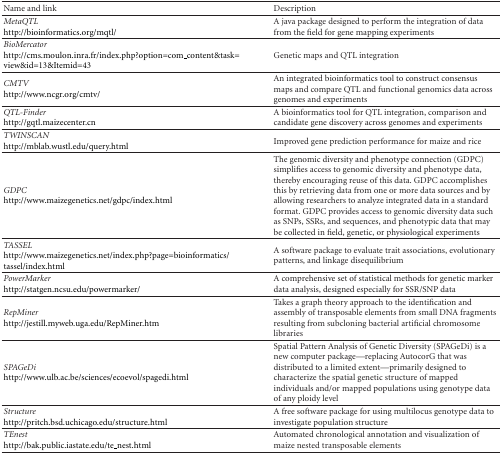
<table><thead><tr><td><b>Name and link</b></td><td><b>Description </b></td></tr></thead><tbody><tr><td><i>MetaQTL </i>http://bioinformatics.org/mqtl/</td><td>A java package designed to perform the integration of data from the field for gene mapping experiments</td></tr><tr><td><i>BioMercator </i>http://cms.moulon.inra.fr/index.php?option=com_content&amp;task=view&amp;id=13&amp;Itemid=43</td><td>Genetic maps and QTL integration</td></tr><tr><td><i>CMTV </i>http://www.ncgr.org/cmtv/</td><td>An integrated bioinformatics tool to construct consensus maps and compare QTL and functional genomics data across genomes and experiments</td></tr><tr><td><i>QTL-Finder </i>http://gqtl.maizecenter.cn</td><td>A bioinformatics tool for QTL integration, comparison and candidate gene discovery across genomes and experiments</td></tr><tr><td><i>TWINSCAN </i>http://mblab.wustl.edu/query.html</td><td>Improved gene prediction performance for maize and rice</td></tr><tr><td><i>GDPC </i>http://www.maizegenetics.net/gdpc/index.html</td><td>The genomic diversity and phenotype connection (GDPC) simplifies access to genomic diversity and phenotype data, thereby encouraging reuse of this data. GDPC accomplishes this by retrieving data from one or more data sources and by allowing researchers to analyze integrated data in a standard format. GDPC provides access to genomic diversity data such as SNPs, SSRs, and sequences, and phenotypic data that may be collected in field, genetic, or physiological experiments</td></tr><tr><td><i>TASSEL </i>http://www.maizegenetics.net/index.php?page=bioinformatics/tassel/index.html</td><td>A software package to evaluate trait associations, evolutionary patterns, and linkage disequilibrium</td></tr><tr><td><i>PowerMarker </i>http://statgen.ncsu.edu/powermarker/</td><td>A comprehensive set of statistical methods for genetic marker data analysis, designed especially for SSR/SNP data</td></tr><tr><td><i>RepMiner </i>http://jestill.myweb.uga.edu/RepMiner.htm</td><td>Takes a graph theory approach to the identification and assembly of transposable elements from small DNA fragments resulting from subcloning bacterial artificial chromosome libraries</td></tr><tr><td><i>SPAGeDi </i>http://www.ulb.ac.be/sciences/ecoevol/spagedi.html</td><td>Spatial Pattern Analysis of Genetic Diversity (SPAGeDi) is a new computer package—replacing AutocorG that was distributed to a limited extent—primarily designed to characterize the spatial genetic structure of mapped individuals and/or mapped populations using genotype data of any ploidy level</td></tr><tr><td><i>Structure </i>http://pritch.bsd.uchicago.edu/structure.html</td><td>A free software package for using multilocus genotype data to investigate population structure</td></tr><tr><td><i>TEnest </i>http://bak.public.iastate.edu/te_nest.html</td><td>Automated chronological annotation and visualization of maize nested transposable elements</td></tr></tbody></table>